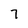
Character: 7